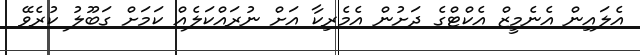
އެލައިން އެނެމީޒް އެކްޓްގެ ދަށުން އެމެރިކާ އަށް ނުރައްކަލެއް ކަމަށް ގަބޫލު ކުރެވޭ